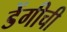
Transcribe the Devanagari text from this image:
डेंगीची